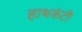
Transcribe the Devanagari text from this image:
हाथकंटी